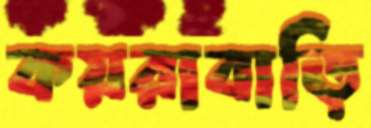
কয়রাবাড়ি